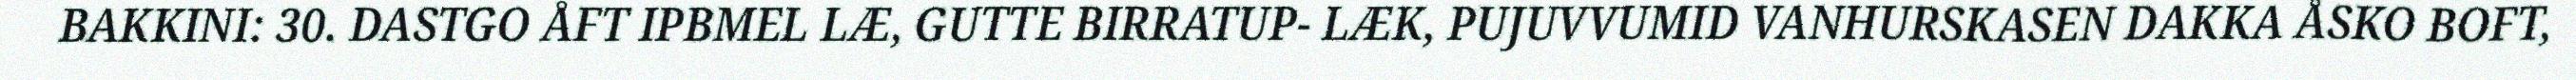
BAKKINI: 30. DASTGO ÅFT IPBMEL LÆ, GUTTE BIRRATUP- LÆK, PUJUVVUMID VANHURSKASEN DAKKA ÅSKO BOFT,